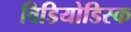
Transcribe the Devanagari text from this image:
विडियोडिस्क